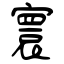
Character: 寰